Scientific memoirs by medical officers of the Army of India - Part II,
Year: 1886
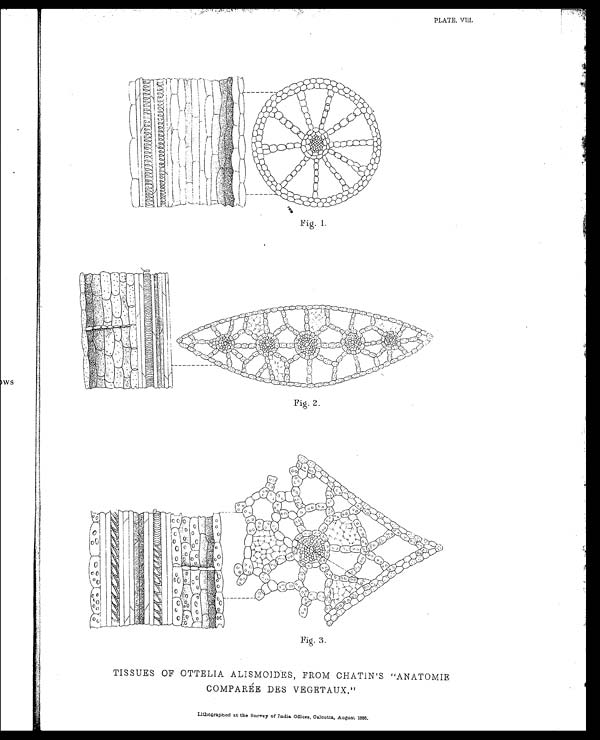
PLATE. VIII.
TISSUES OF OTTELIA ALISMOIDES, FROM CHATIN'S "ANATOMIE
COMPARÉE DES VEGETAUX."
Lithographed at the Survey of India Offices, Calcutta, August 1886.